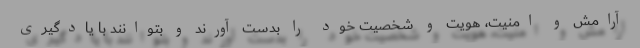
آرامش و امنیت، هویت و شخصیت خود را بدست آورند و بتوانند با یادگیری